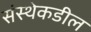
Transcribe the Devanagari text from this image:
संस्थेकडील